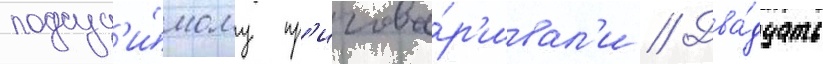
подсуд'и́мому пр'игова́р'ивал'и // Два́дцать